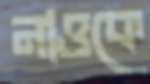
নাওকে